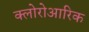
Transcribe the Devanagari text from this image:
क्लोरोआरिक